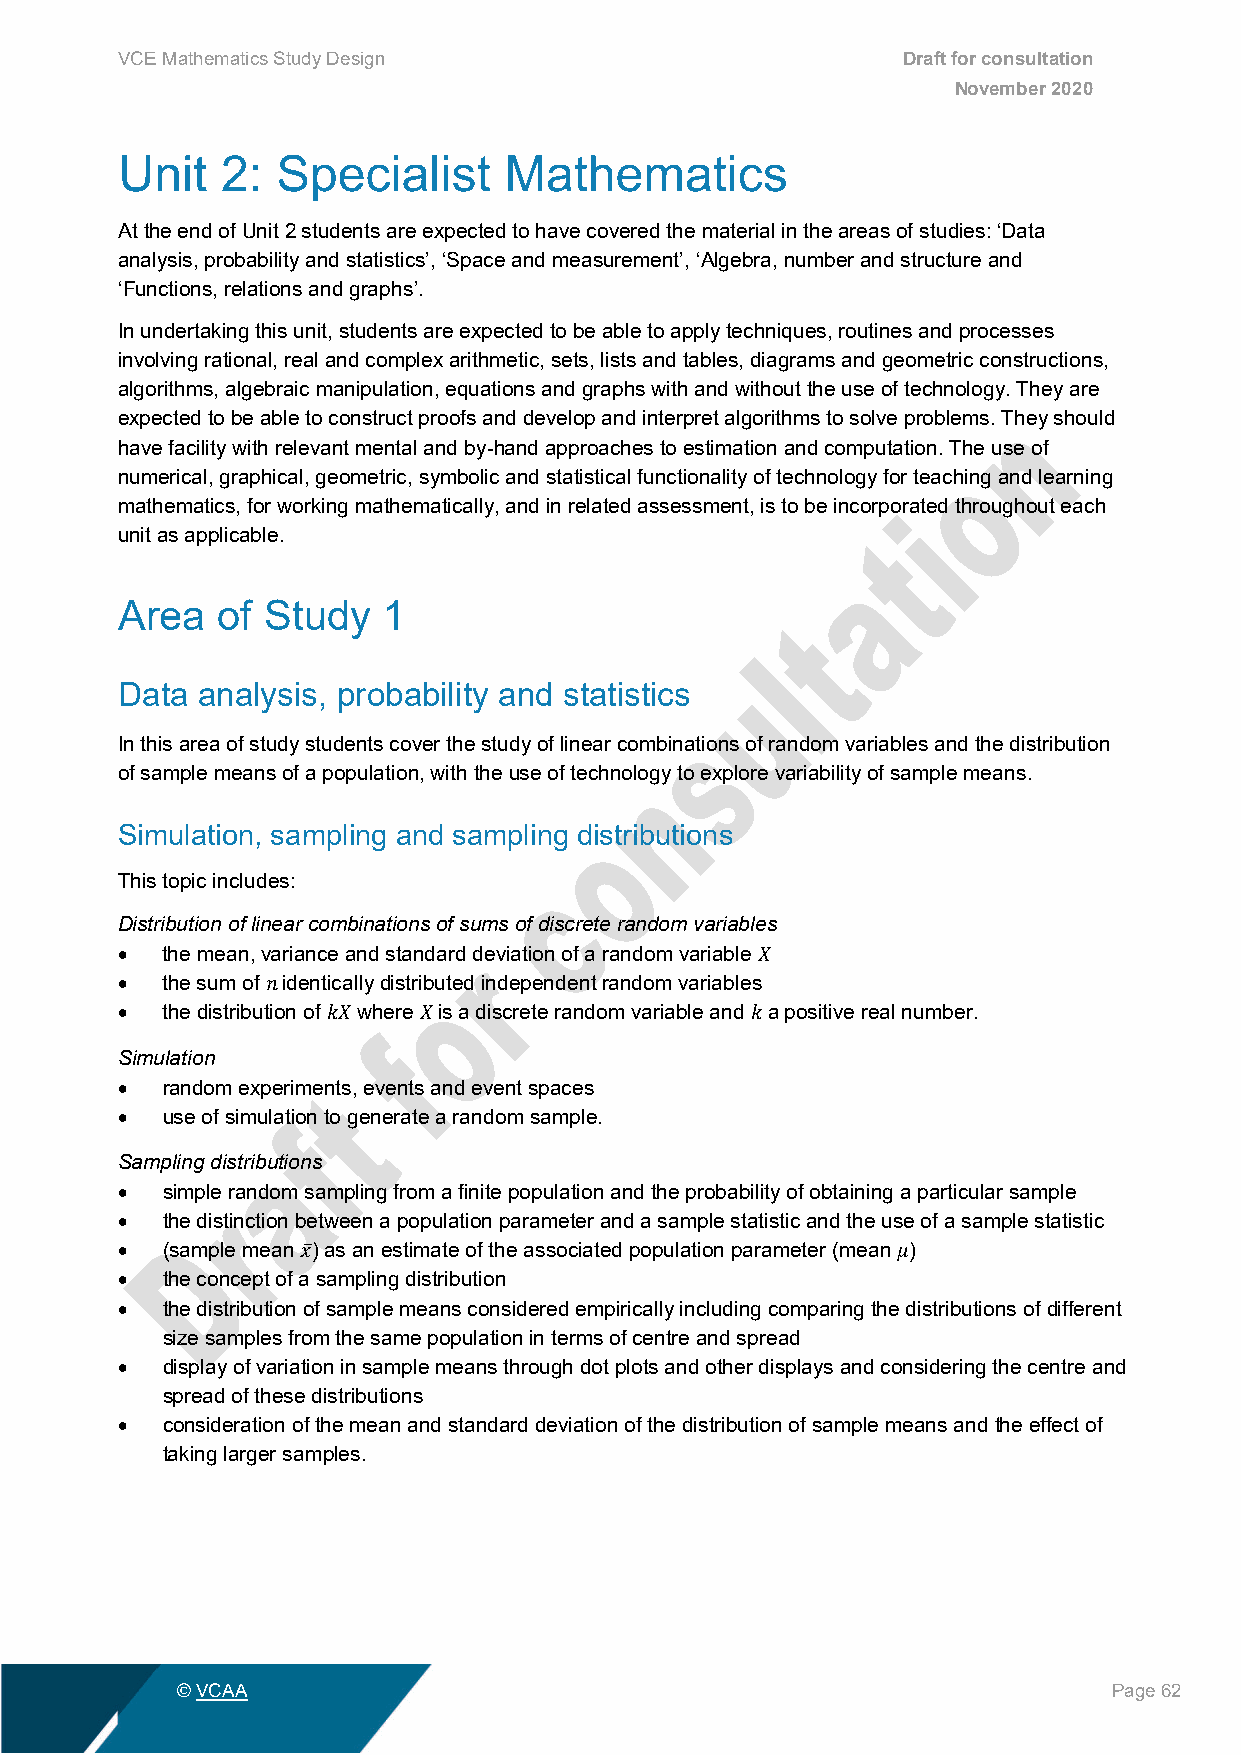
VCE Mathematics Study Design                        Draft for consultation
 November 2020
 Unit   2: Specialist     Mathematics
 At the end of Unit 2 students are expected to have covered the material in the areas of studies: ‘Data
 analysis, probability and statistics’, ‘Space and measurement’, ‘Algebra, number and structure and
 ‘Functions, relations and graphs’.
 In undertaking this unit, students are expected to be able to apply techniques, routines and processes
 involving rational, real and complex arithmetic, sets, lists and tables, diagrams and geometric constructions,
 algorithms, algebraic manipulation, equations and graphs with and without the use of technology. They are
 expected to be able to construct proofs and develop and interpret algorithms to solve problems. They should
 have facility with relevant mental and by-hand approaches to estimation and computation. The use of
 numerical, graphical, geometric, symbolic and statistical functionality of technology for teaching and learning
 mathematics, for working mathematically, and in related assessment, is to be incorporated throughout each
 unit as applicable.
 Area  of Study   1
 Data analysis, probability and statistics
 In this area of study students cover the study of linear combinations of random variables and the distribution
 of sample means of a population, with the use of technology to explore variability of sample means.
 Simulation, sampling and sampling distributions
 This topic includes:
 Distribution of linear combinations of sums of discrete random variables
 •  the mean, variance and standard deviation of a random variable
 •  the sum of identically distributed independent random variables
 𝑋𝑋
 •  the distribution of where is a discrete random variable and a positive real number.
 𝑛𝑛
 Simulation    𝑘𝑘𝑋𝑋  𝑋𝑋                    𝑘𝑘
 •  random experiments, events and event spaces
 •  use of simulation to generate a random sample.
 Sampling distributions
 •  simple random sampling from a finite population and the probability of obtaining a particular sample
 •  the distinction between a population parameter and a sample statistic and the use of a sample statistic
 •  (sample mean ) as an estimate of the associated population parameter (mean )
 •  the concept of a sampling distribution
 𝑥𝑥̅                                    𝜇𝜇
 •  the distribution of sample means considered empirically including comparing the distributions of different
 size samples from the same population in terms of centre and spread
 •  display of variation in sample means through dot plots and other displays and considering the centre and
 spread of these distributions
 •  consideration of the mean and standard deviation of the distribution of sample means and the effect of
 taking larger samples.
 © VCAA                                                        Page 62